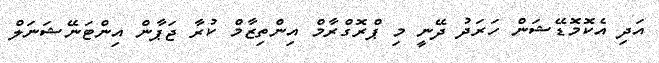
އަދި އެކޮމޮޑޭޝަން ހަރަދު ދޭނީ މި ޕްރޮގްރާމް އިންތިޒާމް ކުރާ ޖަޕާން އިންޓަނޭޝަނަލް